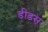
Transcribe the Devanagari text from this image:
डीडस्